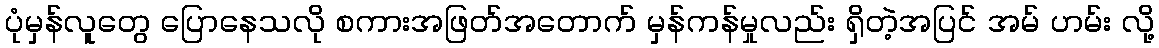
ပုံမှန်လူတွေ ပြောနေသလို စကားအဖြတ်အတောက် မှန်ကန်မှုလည်း ရှိတဲ့အပြင် အမ် ဟမ်း လို့